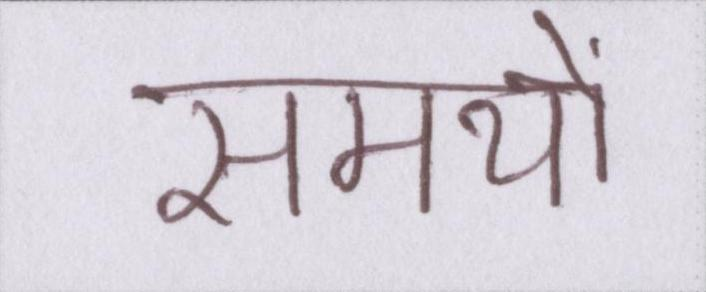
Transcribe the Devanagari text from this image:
समयों